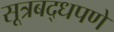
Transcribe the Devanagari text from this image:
सूत्रबद्धपणे